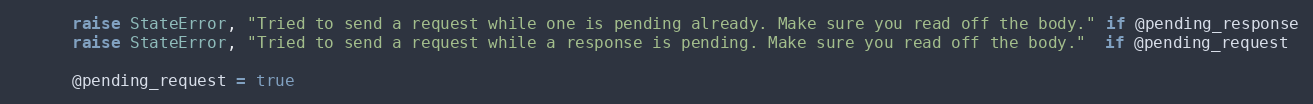
Language: Ruby
      raise StateError, "Tried to send a request while one is pending already. Make sure you read off the body." if @pending_response
      raise StateError, "Tried to send a request while a response is pending. Make sure you read off the body."  if @pending_request

      @pending_request = true